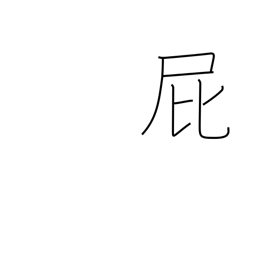
Meaning: passing gas